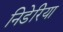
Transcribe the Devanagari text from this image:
निडेरिया